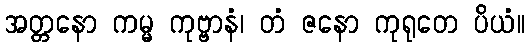
အတ္တနော ကမ္မ ကုဗ္ဗာနံ၊ တံ ဇနော ကုရုတေ ပိယံ။